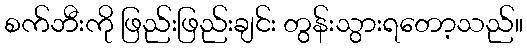
စက်ဘီးကို ဖြည်းဖြည်းချင်း တွန်းသွားရတော့သည်။